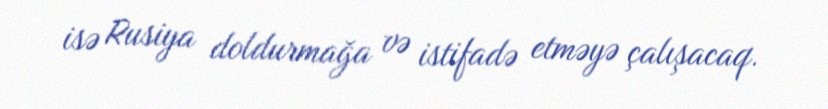
isə Rusiya doldurmağa və istifadə etməyə çalışacaq.